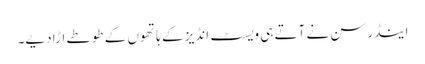
اینڈرسن نے آتے ہی ویسٹ انڈیز کے ہاتھوں کے طوطے اڑا دیے۔